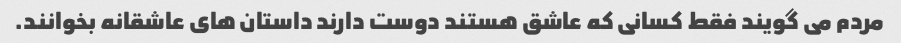
مردم می گویند فقط کسانی که عاشق هستند دوست دارند داستان های عاشقانه بخوانند.